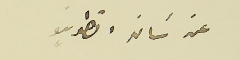
عن سَان انطونيو